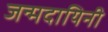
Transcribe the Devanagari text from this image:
जन्मदायिनी